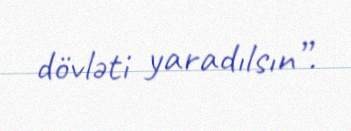
dövləti yaradılsın”.